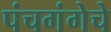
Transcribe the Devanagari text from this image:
पंचगंगेचे